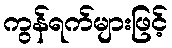
ကွန်ရက်များဖြင့်